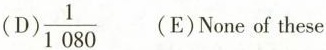
(D) \frac{1}{1080} (E) None of these